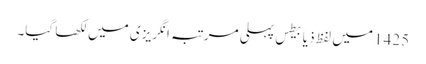
1425 میں‌ لفظ ذیابیطس پہلی مرتبہ انگریزی میں‌ لکھا گیا۔